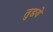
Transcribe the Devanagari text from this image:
तुडये